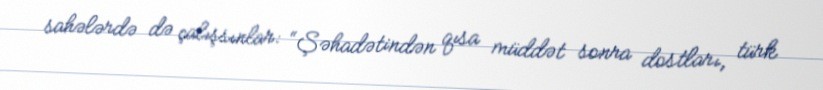
sahələrdə də çalışsınlar: “Şəhadətindən qısa müddət sonra dostları, türk